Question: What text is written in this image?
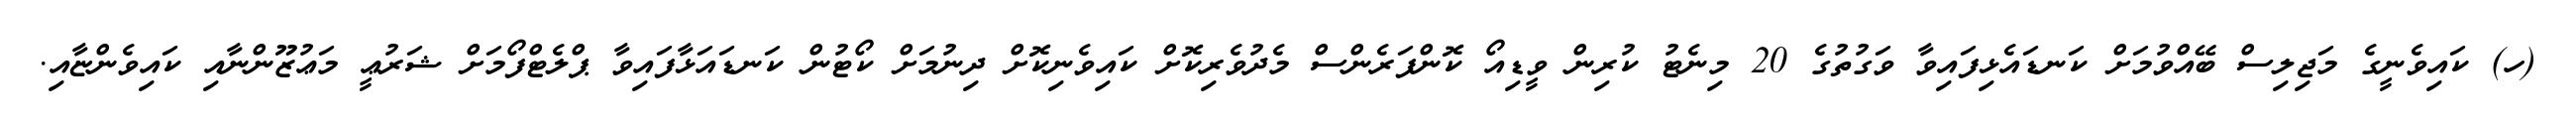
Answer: (ހ) ކައިވެނީގެ މަޖިލިސް ބޭއްވުމަށް ކަނޑައެޅިފައިވާ ވަގުތުގެ 20 މިނެޓު ކުރިން ވީޑިއޯ ކޮންފަރެންސް މެދުވެރިކޮށް ކައިވެނިކޮށް ދިނުމަށް ކޯޓުން ކަނޑައަޅާފައިވާ ޕްލެޓްފޯމަށް ޝަރުޢީ މަޢުޒޫންނާއި ކައިވެންޏާއި.